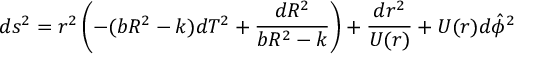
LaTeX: d s ^ { 2 } = r ^ { 2 } \left( - ( b R ^ { 2 } - k ) d T ^ { 2 } + \frac { d R ^ { 2 } } { b R ^ { 2 } - k } \right) + \frac { d r ^ { 2 } } { U ( r ) } + U ( r ) d \hat { \phi } ^ { 2 }